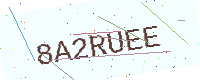
Text: 8A2RUEE